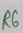
Text: R6